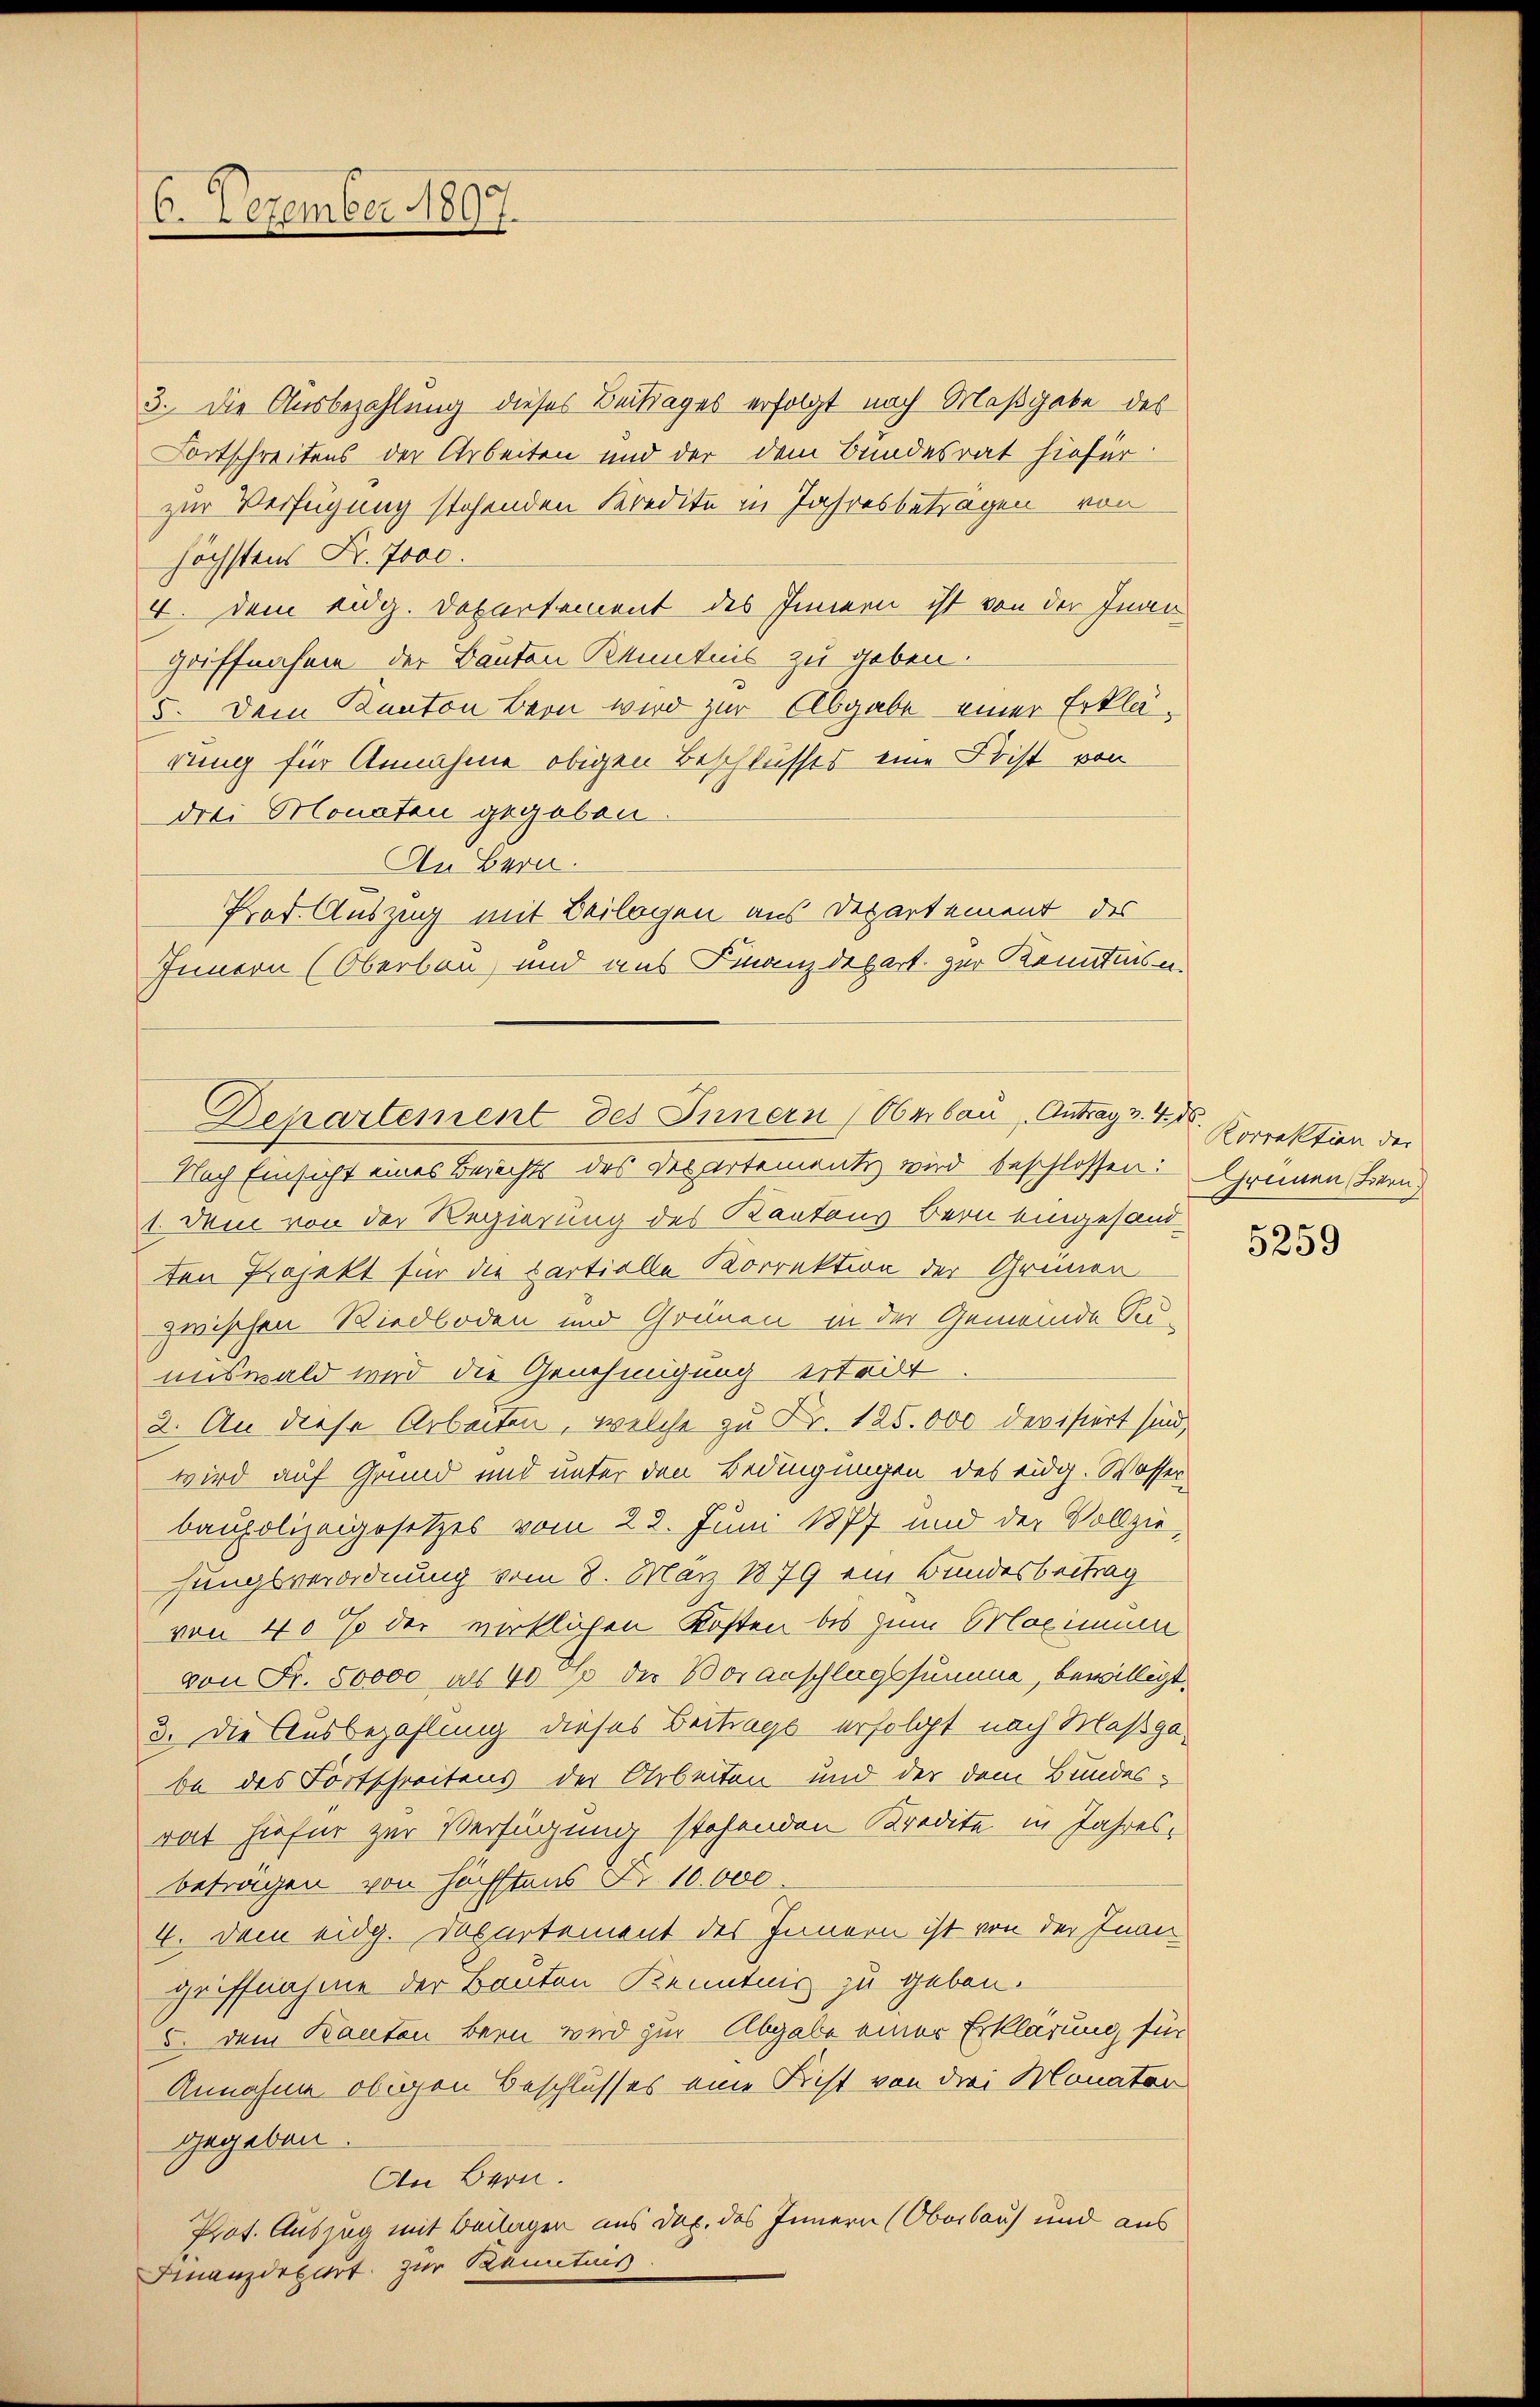
6. Dezember 1897.

3. Die Ausbezahlung dieses Beitrages erfolgt nach Maßgabe des
Fortschreitens der Arbeiten und der dem Bundesrat hiefür
zur Verfügung stehenden Kredite in Jahresbeträgen von
höchstens Fr. Joac.
4. Dem Eidg. Departement des Innern ist von der Inan
griffnahme der Bauten Kenntnis zu geben.
5. Dem Kanton Bern wird zur Abgabe einer Erklärung für Annahme obigen Beschlusses eine Frist von
drei Monaten gegeben
An Bern.
Prof. Auszug mit Beilagen aus Departement des
Innern (Oberbau und aus Finanzdepart zur Kenntnisn

Departement des Innern (Oberbau, Antrag v. 4. d.

Nach Einsicht eines Berechts des Departementi wird beschlossen: Grünen Bern,
1. Dem von der Regierung des Kantons Bern eingesandten Projekt für die Cartielle Korrektion der Grünen
zwischen Riedboden und Grünen in der Gemeinde Su-
unswald wird die Genehmigung erteilt
2. An diese Arbeiten, welche zu Fr. 125.000 devisiert sind,
wird auf Grund und unter den Bedingungen des eidg. Wasser
baupolizeigesetzes vom 22. Juni 1877 und der Vollziehungsverordnung vom 8. März 1879 ein Bundesbeitrag
von 40 % der wirklichen Kosten bis zum Maximum
von Fr. 50000 als 40% der Voranschlagssumme, bewilligt.
3. Die Ausbezahlung dieses Beitrags erfolgt nach Maßgabe des Fortschreitens der Arbeiten und der dem Bundes-
rat hiefür zur Verfügung stehenden Kredite in Jahresbeträgen von höchstens d. 10.000.
4. Dem eidg. Dapartement des Innern ist von der Inan
griffnahme der Bauten Kenntnis zu geben.
5. dem Kanton Bern wird zur Abgabe einer Erklärung für
Annahme obigen Beschlusses eine Frist von drei Monaten
gegeben.
An Bern.
Prot. Auszug mit Beilagen aus Dec. des Innern (Oberbaus und aus
Finanzdepart zur Kenntnis.

Korrektion der

5259